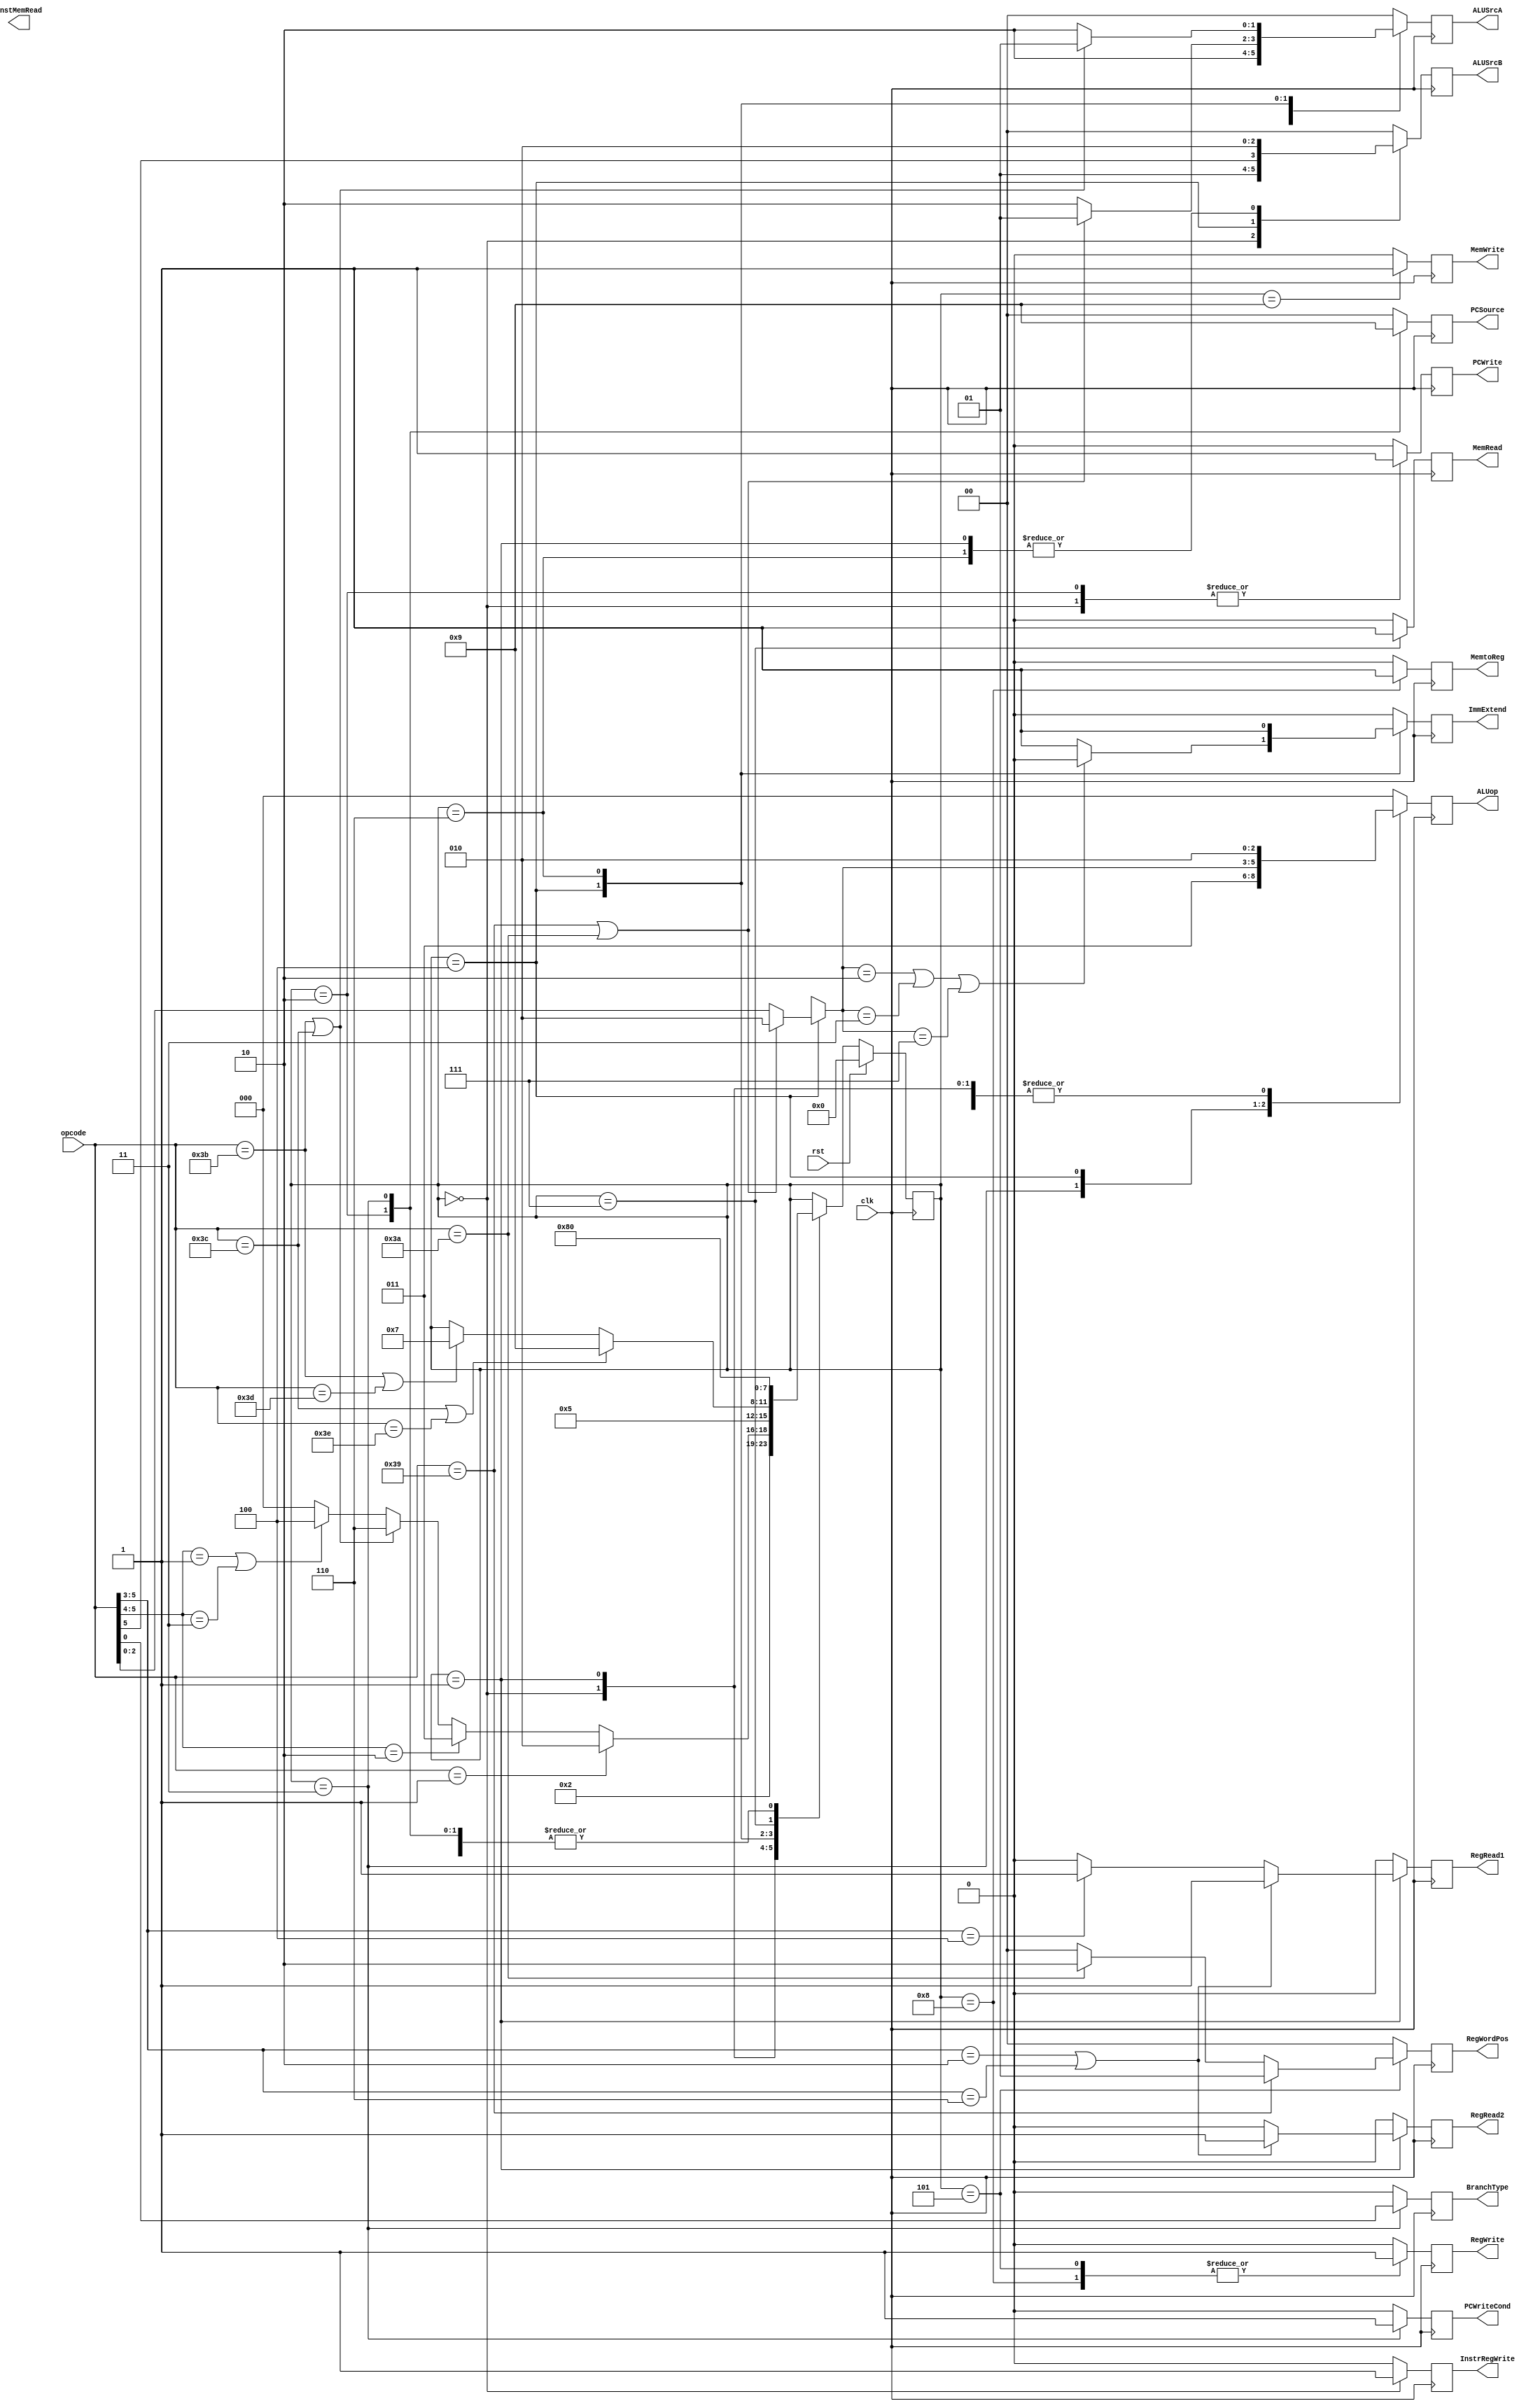
`timescale 1ns / 1ps
//////////////////////////////////////////////////////////////////////////////////
// Company: 
// Engineer: 
// 
// Design Name: 
// Module Name:    CPU_Control 
// Project Name: 
// Target Devices: 
// Tool versions: 
// Description: 
//
// Dependencies: 
//
// Revision: 
// Revision 0.01 - File Created
// Additional Comments: 
//
//////////////////////////////////////////////////////////////////////////////////
module FSM(
			input [5:0] opcode,
			input clk,
			input rst,
			output reg PCWrite,
			output reg PCWriteCond,
			output reg InstMemRead,
			output reg MemRead,
			output reg MemWrite,
			output reg MemtoReg,
			output reg InstrRegWrite,
			output reg [1:0] PCSource,
			output reg [2:0] ALUop,
			output reg [1:0] ALUSrcB,
			output reg [1:0] ALUSrcA,
			output reg RegRead1,
			output reg RegRead2,
			output reg RegWrite,
			output reg ImmExtend,
			output reg BranchType,
			output reg [1:0] RegWordPos
			);
			
			parameter	LW = 6'b100011, SW = 6'b101011, J = 6'b000001, BEQ = 6'b000100, R_type = 6'b010000;
			
			reg [3:0] state;
			reg [3:0] next_state;
			
			initial
			begin
			state = 4'b0;
			next_state = 4'b0;
			end
			
			always@(posedge clk)
			begin
				PCWrite = 0;
				PCWriteCond = 0;
				MemRead = 0;
				MemWrite = 0;
				MemtoReg = 0;
				InstrRegWrite = 0;
				PCSource = 2'b0;
				ALUop = 3'b0;
				ALUSrcB = 2'b0;
				ALUSrcA = 2'b0;
				RegRead1 = 0;
				RegRead2 = 0;
				RegWrite = 0;
				ImmExtend = 0;
				BranchType = 0;
				RegWordPos = 0;
			
				case(state)
					4'd0: 
					begin
						//write to IR and increment PC
						ALUSrcB = 2'b1;
						ALUSrcA = 2'b0;
						ALUop = 3'b010;
						InstrRegWrite = 1;
						PCWrite = 1;
						PCSource = 2'b00;
						state <= 4'd1;
					end

					4'd1:
					begin
						//Compute branch target
						ALUSrcB = 2'b10;
						ALUSrcA = 2'b0;
						ALUop = 3'b010;
						ImmExtend = 0;
						
						if(opcode[5:3] == 3'b010 || opcode[5:3] == 3'b110)
						begin
							RegRead1 = 1'b1;
							RegRead2 = 1'b1;
						end
						else if(opcode[5:3] == 3'b100)
						begin
							RegRead1 = 1'b1;
						end
						
						if(opcode == J) //J
							state <= 4'd2;
						else if(opcode[5:4] == 2'b10) //B
							state <= 4'd3;
						else if(opcode == 6'b111011 || opcode == 6'b111100) //memRef
							state <= 4'd6;
						else if(opcode[5:4] == 2'b01 || opcode[5:4] == 2'b11) //Arith
							state <= 4'd4;
						else
							state <= 4'd0;
					end

					4'd2:
					begin
						//Jump
						PCWrite = 1;
						PCSource = 2'b10;
						state <= 4'd0;
					end	
					4'd3:
					begin
						//Compute whether or not branch
						ALUSrcB = 2'b0;
						ALUSrcA = 2'b10;
						ALUop = 3'b011;
						PCWriteCond = 1;
						PCSource = 2'b1;
						//Choose Zero or !Zero as branch conditional based on BEQ and BNE
						BranchType = opcode[0];
						state <= 4'd0;
					end
					4'd4:
					begin
						//Set ALU SrcB, based on whether it is an R or I type instruction
						ALUSrcB = {opcode[5],1'b0};
			
						if(opcode == 6'b111001 || opcode == 6'b111010)
							ALUSrcA = 2'b1;
						else
							ALUSrcA = 2'b10;
						
						//If it is a LI or LUI, ALUop is add(add imm to zero)
						if(opcode == 6'b111001 || opcode == 6'b111010)
							ALUop = 3'b010;
						else
							ALUop = opcode[2:0];
							
						//Zero extend/Sign Extend if opcode calles for it
						if(ALUop == 3'b010 || ALUop == 3'b011 || ALUop == 3'b111)
							ImmExtend = 0;
						else
							ImmExtend = 1;
							
						state <= 4'd5;
					end
					4'd5:
					begin
						RegWrite = 1;
						MemtoReg = 0;
						//Write to lower half og reg if LI
						if(opcode == 6'b111001)
							RegWordPos = 2'b1;
						else if(opcode == 6'b111010) //Write to upperhalf if LUI
							RegWordPos = 2'b10;
						else
							RegWordPos = 2'b0; //Write to whole register otherwise
						state <= 4'd0;
					end
					4'd6:
					begin
						ALUop = 3'b010;
						ALUSrcB = 2'b10;
						ImmExtend = 1;
						if(opcode == 6'b111011 || opcode == 6'b111100) //IF SWI/LWI, AlU Input 1 = 0
							ALUSrcA = 2'b1;
						else
							ALUSrcA = 2'b10; //IF SW/LW, use register data
						
						if(opcode == 6'b111100 || opcode == 6'b111110) //IF SW/SWI go to state 9
								state <= 4'd9;
						else if(opcode == 6'b111011 || opcode == 6'b111101)//If LW/LWI go to state 7
								state <= 4'd7;
					end
					4'd7:
					begin
						//Read value from mem
						MemRead = 1;
						state <= 4'd8;
					end
					4'd8:
					begin
						//Write value read from mem to regfile
						MemtoReg = 1;
						RegWrite = 1;
						state <= 4'd0;
					end
					4'd9:
					begin
						//Write register to memory
						MemWrite = 1;
						state <= 4'd0;
					end
						
				endcase
				
				if(rst)
					state <= 4'b0;
			end
				



endmodule